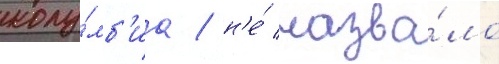
колу́мб'иа / н'е́ назва́ло